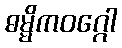
ဓမ္မိကဝဂ္ဂေါ